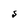
Character: S